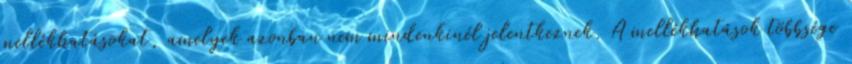
mellékhatásokat, amelyek azonban nem mindenkinél jelentkeznek. A mellékhatások többsége